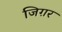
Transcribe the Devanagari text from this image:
जिग़र